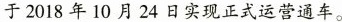
于2018年10月24日实现正式运营通车。